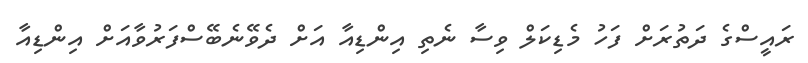
ރައީސްގެ ދަތުރަށް ފަހު މެޑިކަލް ވިސާ ނެތި އިންޑިއާ އަށް ދެވޭނެބޭސްފަރުވާއަށް އިންޑިއާ